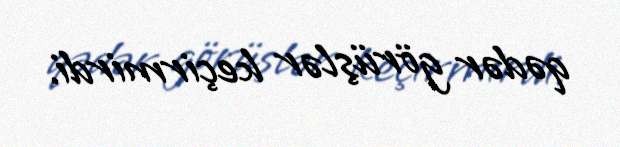
qədər görüşlər keçirmirdi.